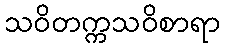
သဝိတက္ကသဝိစာရာ